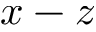
x - z